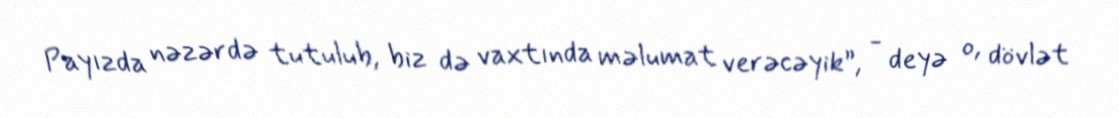
Payızda nəzərdə tutulub, biz də vaxtında məlumat verəcəyik”, - deyə o, dövlət